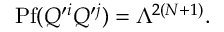
\mathrm { P f } ( Q ^ { \prime i } Q ^ { \prime j } ) = \Lambda ^ { 2 ( N + 1 ) } .